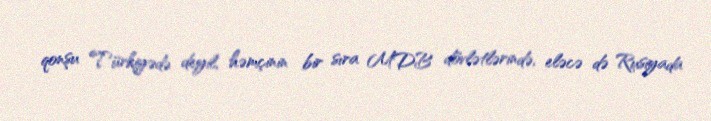
qonşu Türkiyədə deyil, həmçinin bir sıra MDB dövlətlərində, eləcə də Rusiyada